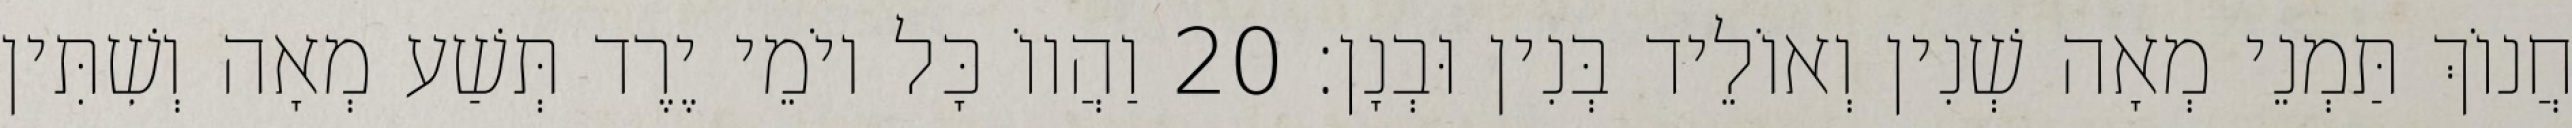
חֲנוֹךְ תַּמְנֵי מְאָה שְׁנִין וְאוֹלֵיד בְּנִין וּבְנָן׃ 20 וַהֲווֹ כָּל יוֹמֵי יֶרֶד תְּשַׁע מְאָה וְשִׁתִּין